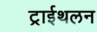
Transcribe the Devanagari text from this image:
ट्राईथलन